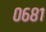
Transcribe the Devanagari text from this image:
०६८१